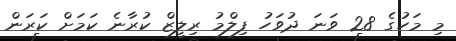
މި މަހުގެ 28 ވަނަ ދުވަހު ފިލްމު ރިލީޒް ކުރާނެ ކަމަށް ކަރަން